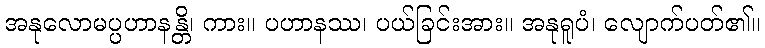
အနုလောမပ္ပဟာနန္တိ၊ ကား။ ပဟာနဿ၊ ပယ်ခြင်းအား။ အနုရူပံ၊ လျောက်ပတ်၏။